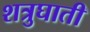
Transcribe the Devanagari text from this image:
शत्रुघाती